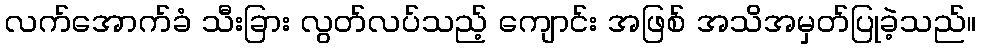
လက်အောက်ခံ သီးခြား လွတ်လပ်သည့် ကျောင်း အဖြစ် အသိအမှတ်ပြုခဲ့သည်။